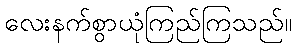
လေးနက်စွာယုံကြည်ကြသည်။